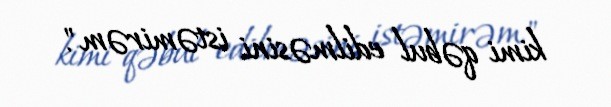
kimi qəbul edilməsini istəmirəm".